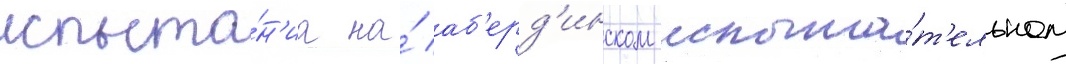
испыта́н'иа на́ аб'ерд'инском испыта́т'ельном